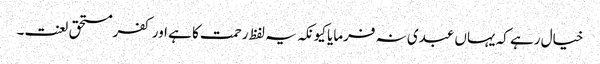
خیال رہے کہ یہاں عبدی نہ فرمایا کیونکہ یہ لفظ رحمت کا ہے اور کفرمستحق لعنت۔